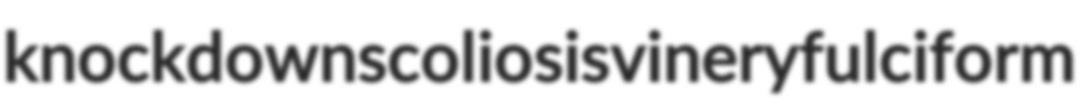
knockdown scoliosis vinery fulciform